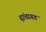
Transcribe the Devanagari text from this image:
ढ़ांचागत